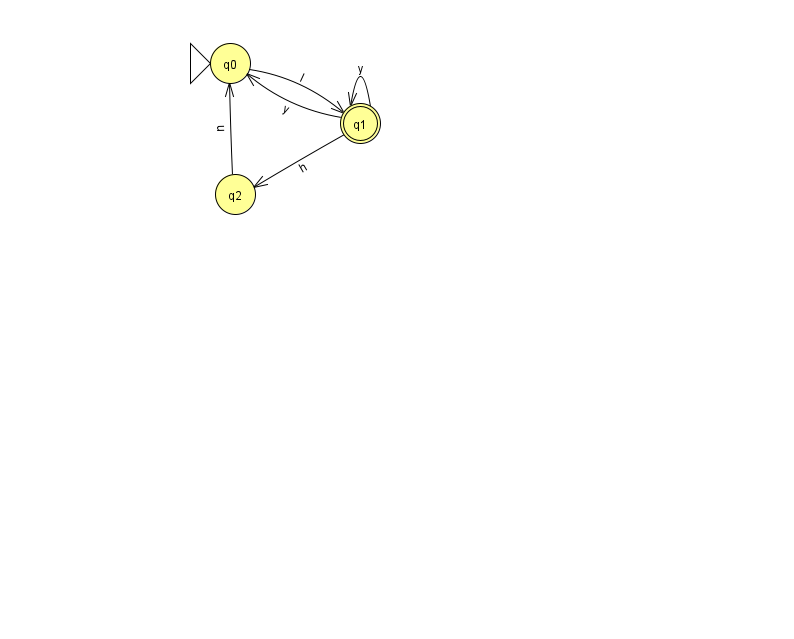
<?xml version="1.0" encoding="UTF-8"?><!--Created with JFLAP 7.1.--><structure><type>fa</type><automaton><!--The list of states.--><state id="0" name="q0"><x>230.0</x><y>50.0</y><initial/></state><state id="1" name="q1"><x>360.0</x><y>110.0</y><final/></state><state id="2" name="q2"><x>235.0</x><y>181.0</y></state><!--The list of transitions.--><transition><from>0</from><to>1</to><read>l</read></transition><transition><from>1</from><to>0</to><read>y</read></transition><transition><from>1</from><to>2</to><read>h</read></transition><transition><from>2</from><to>0</to><read>u</read></transition><transition><from>1</from><to>1</to><read>y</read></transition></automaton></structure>